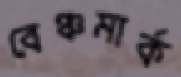
বেঞ্চমার্ক